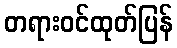
တရားဝင်ထုတ်ပြန်